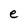
Character: e